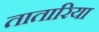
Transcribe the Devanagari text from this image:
तातारिया